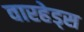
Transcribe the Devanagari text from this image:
वारहेड्स